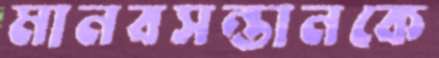
মানবসন্তানকে